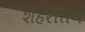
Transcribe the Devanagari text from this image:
शहरातये